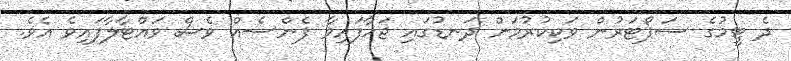
ދެ ޓީމުގެ ސަޕޯޓަރުން ވަކިކުރުމަށް ދަނޑުގައި ޖަހާފައިވާ ފެންސެއް ވެސް ވައްޓާލާފައިވެ އެވެ.